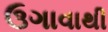
ઉગાવાથી